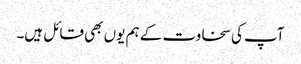
آپ کی سخاوت کے ہم یوں بھی قائل ہیں۔